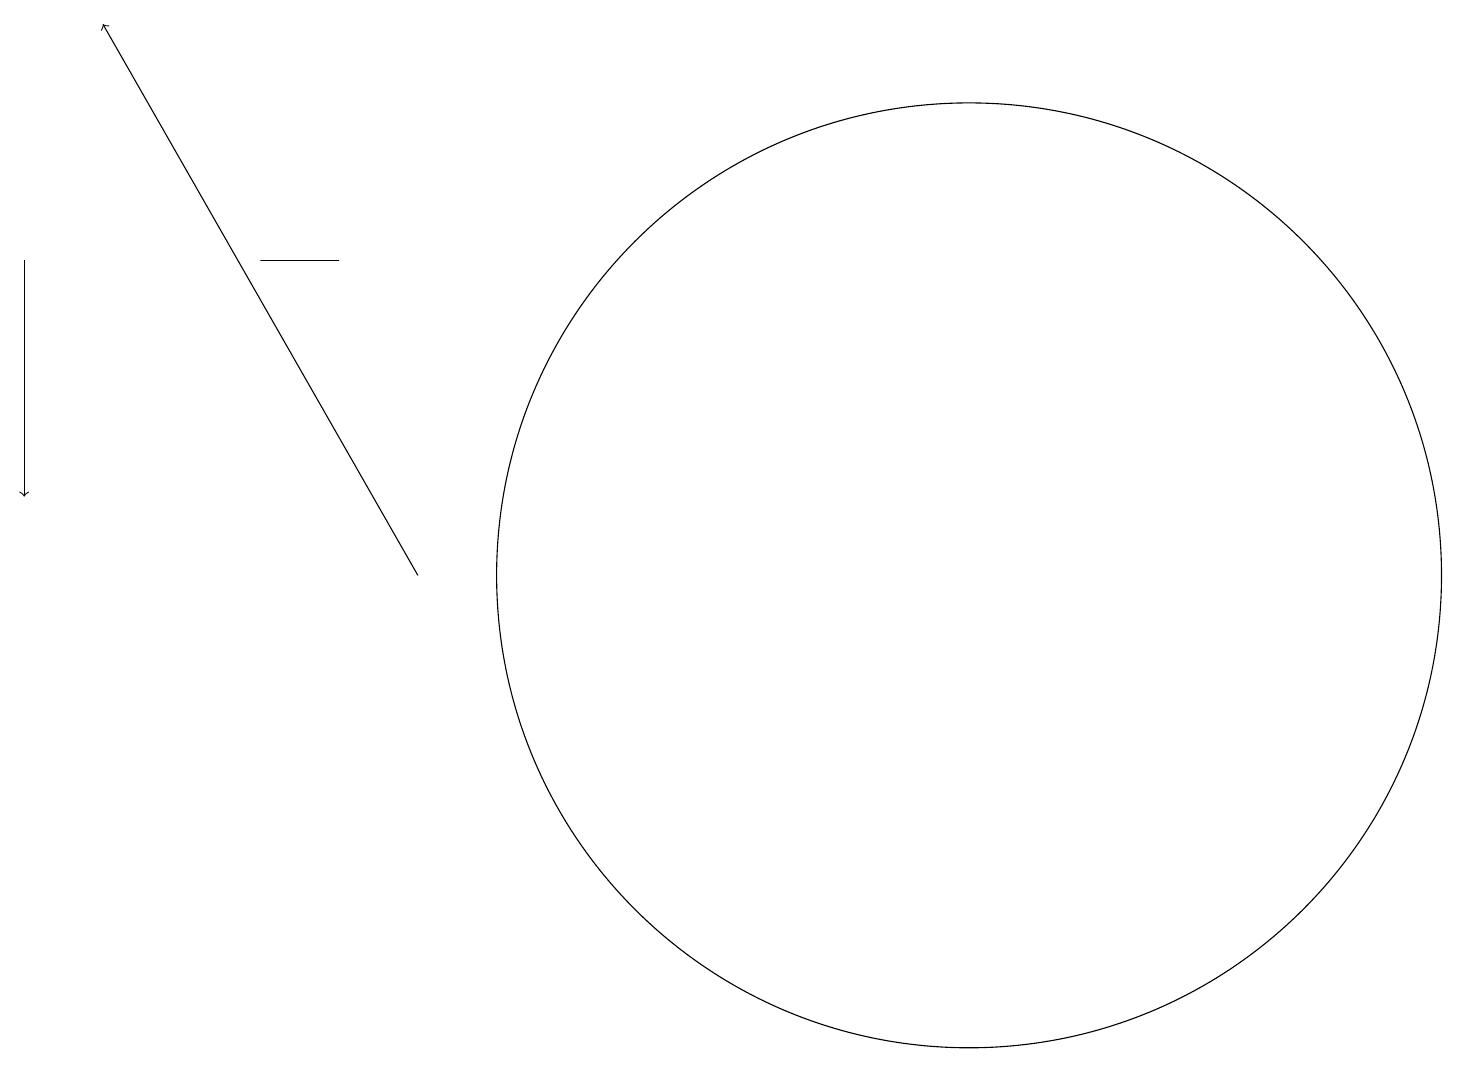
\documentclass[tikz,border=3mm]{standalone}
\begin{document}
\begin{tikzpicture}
\draw[->] (5,10) -- (1,17);
\draw (12,10) circle (6);
\draw (3,14) rectangle (4,14);
\draw[->] (0,14) -- (0,11);
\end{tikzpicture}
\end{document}